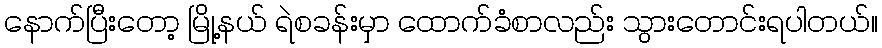
နောက်ပြီးတော့ မြို့နယ် ရဲစခန်းမှာ ထောက်ခံစာလည်း သွားတောင်းရပါတယ်။